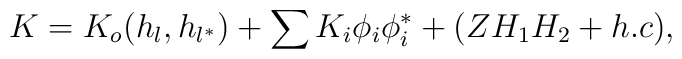
K = K_{o}(h_{l}, h_{l^{*}}) + \sum K_{i}\phi_{i} \phi_{i}^{*} +(Z H_1 H_2 + h.c),